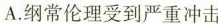
A.纲常伦理受到严重冲击